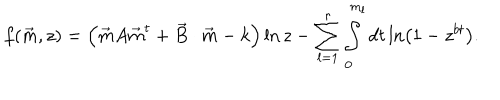
f ( \vec { m } , z ) = \left( \vec { m } A \vec { m } ^ { t } + \vec { B } \cdot \vec { m } - k \right) \ln z - \sum _ { l = 1 } ^ { r } \int _ { 0 } ^ { m _ { l } } d t \ln \left( 1 - z ^ { b t } \right) .